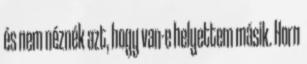
és nem néznék azt, hogy van-e helyettem másik. Horn